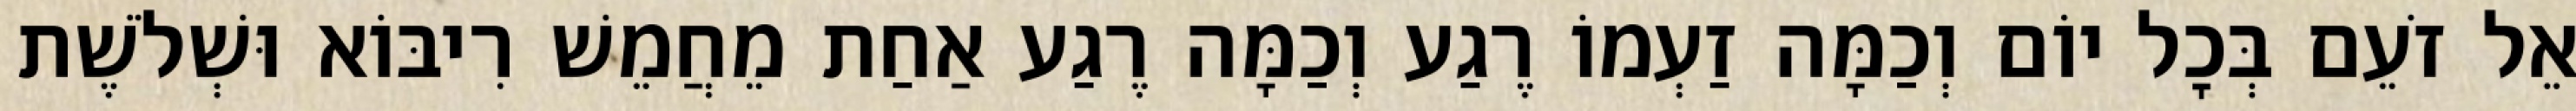
אֵל זֹעֵם בְּכׇל יוֹם וְכַמָּה זַעְמוֹ רֶגַע וְכַמָּה רֶגַע אַחַת מֵחֲמֵשׁ רִיבּוֹא וּשְׁלֹשֶׁת